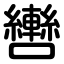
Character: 轡